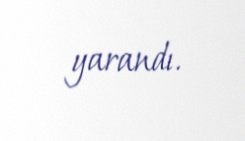
yarandı.